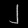
Digit: ၂